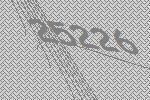
25226